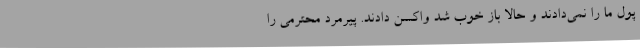
پول ما را نمی‌دادند و حالا باز خوب شد واکسن دادند. پیرمرد محترمی را